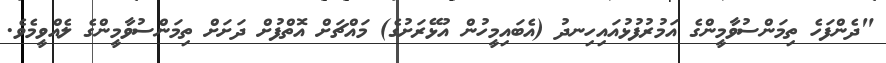
"ދެންފަހެ ތިމަންސުވާމީންގެ އަމުރުފުޅުއައިހިނދު (އެބައިމީހުން އުޅޭރަށުގެ) މައްޗަށް އޮތްފުށް ދަށަށް ތިމަންސުވާމީންގެ ލެއްވީމެވެ.